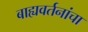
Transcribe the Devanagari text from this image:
बाह्यवर्तनांचा